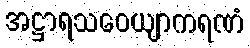
အဋ္ဌာရသဝေယျာကရဏံ